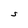
Character: S